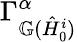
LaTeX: \Gamma_{\mathbb{G}(\hat{H}_{0}^{i})}^{\alpha}